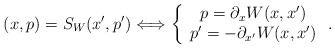
\begin{align*}(x,p)=S_{W}(x^{\prime},p^{\prime})\Longleftrightarrow\left\{\begin{array}[c]{c}p=\partial_{x}W(x,x^{\prime})\\p^{\prime}=-\partial_{x^{\prime}}W(x,x^{\prime})\end{array}\right. . \end{align*}